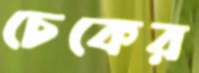
চেকের